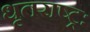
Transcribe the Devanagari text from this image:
धृतराष्ट्रः